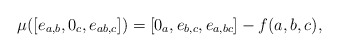
\begin{align*} \mu ( [e_{a,b},0_c,e_{ab,c}] ) = [0_a,e_{b,c},e_{a,bc}] -f(a,b,c),\end{align*}